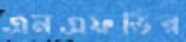
এনএফডির